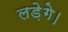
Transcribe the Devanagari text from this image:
लड़ेगे।